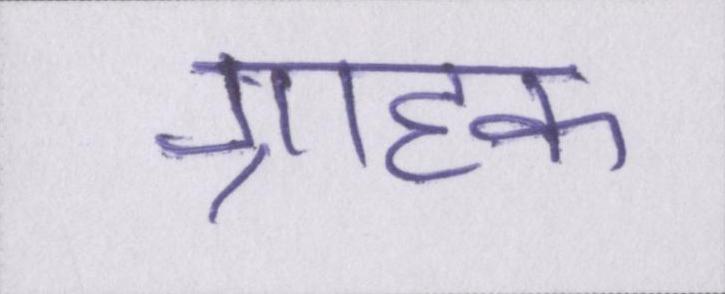
ग्राहक